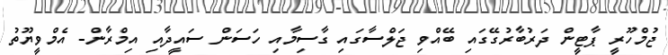
ޖުމްހޫރީ ޕާޓީން ދަރުބާރުގޭގައި ބޭއްވި ޖަލްސާގައި ގާސިމާއި ހަސަން ސައީދާއި އިމްރާން- އެމްވީޔޫތު